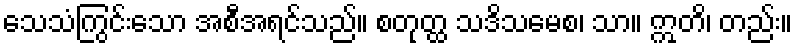
သေသံကြွင်းသော အစီအရင်သည်။ စတုတ္ထ သဒိသမေစ၊ သာ။ ဣတိ၊ တည်း။